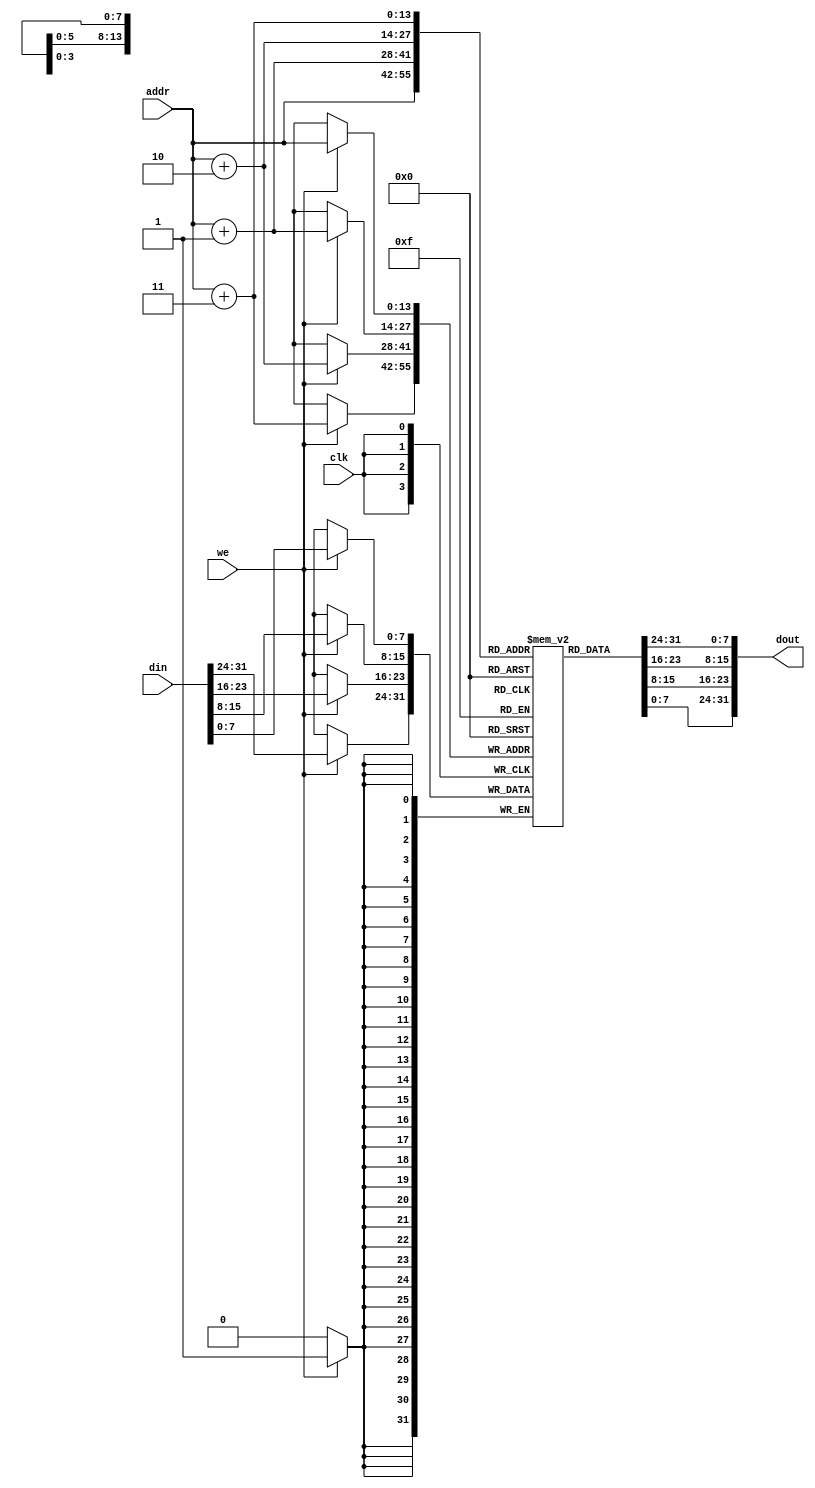
module dm(addr,din,we,clk,dout);
    input [13:0] addr;
    input [31:0] din;   //rt
    input we;
    input clk;
    output [31:0] dout;
    reg [7:0] dm[12287:0];
    integer i;

    initial begin
        for(i=0;i<12288;i=i+1) dm[i]<=8'b0;
    end

    `define little_endian {dm[addr+3],dm[addr+2],dm[addr+1],dm[addr]}    //
    assign dout = `little_endian;
    assign pre_dm = {dm[addr+3],dm[addr+2],dm[addr+1]};


    always@(posedge clk)
    begin
        if(we) `little_endian <= din;
    end
     
endmodule